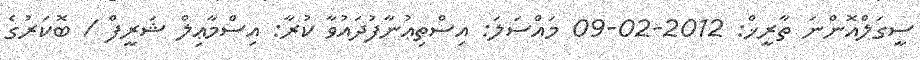
ސީގަލްއޮންނަ ތާރީޚް: 2012-02-09 މައްސަލަ: އިސްތިޢުނާފުދައުވާ ކުރާ: އިސްމާޢިލް ޝަރީފް / ބޮކަރުގެ